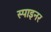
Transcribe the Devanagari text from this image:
स्पाइनर